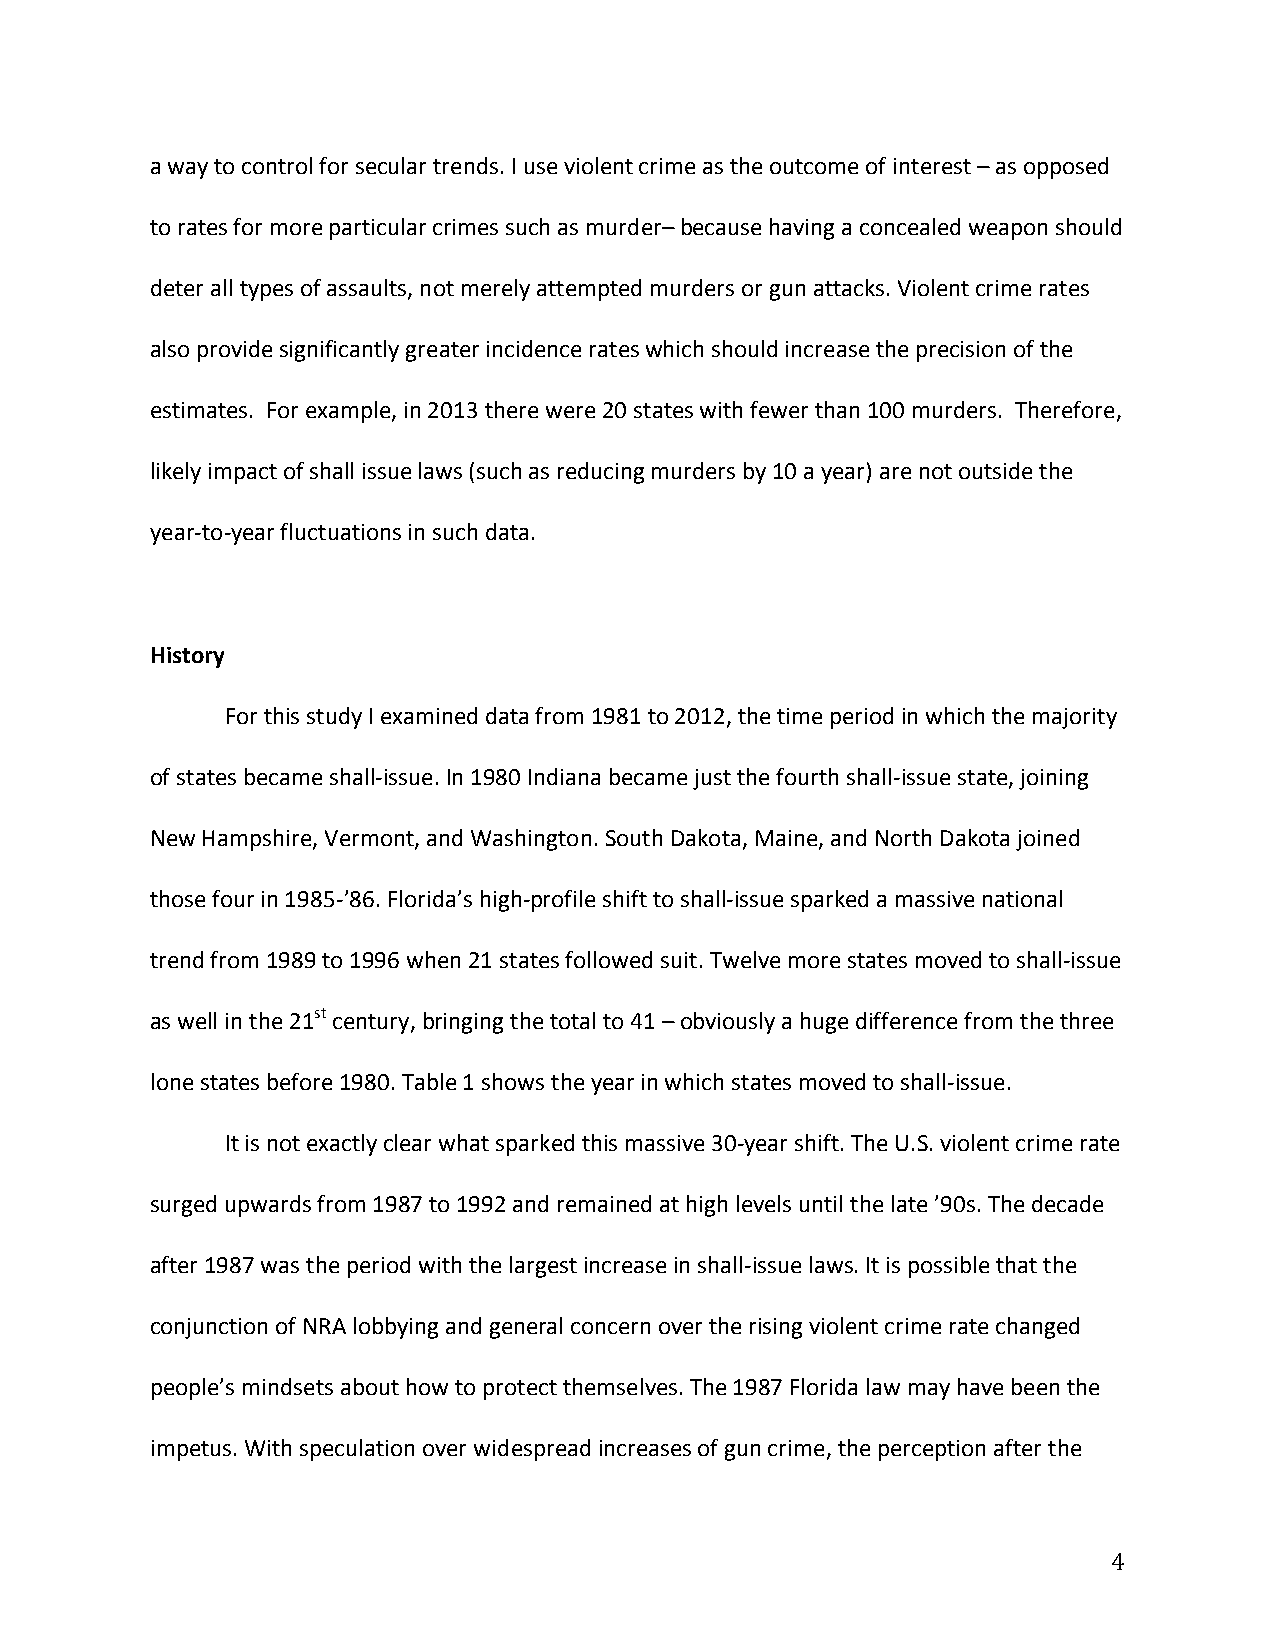
a way to control for secular trends. I use violent crime as the outcome of interest – as opposed
 to rates for more particular crimes such as murder– because having a concealed weapon should
 deter all types of assaults, not merely attempted murders or gun attacks. Violent crime rates
 also provide significantly greater incidence rates which should increase the precision of the
 estimates. For example, in 2013 there were 20 states with fewer than 100 murders. Therefore,
 likely impact of shall issue laws (such as reducing murders by 10 a year) are not outside the
 year-­‐to-­‐year fluctuations in such data.
 History
 For this study I examined data from 1981 to 2012, the time period in which the majority
 of states became shall-­‐issue. In 1980 Indiana became just the fourth shall-­‐issue state, joining
 New Hampshire, Vermont, and Washington. South Dakota, Maine, and North Dakota joined
 those four in 1985-­‐’86. Florida’s high-­‐profile shift to shall-­‐issue sparked a massive national
 trend from 1989 to 1996 when 21 states followed suit. Twelve more states moved to shall-­‐issue
 as well in the 21st century, bringing the total to 41 – obviously a huge difference from the three
 lone states before 1980. Table 1 shows the year in which states moved to shall-­‐issue.
 It is not exactly clear what sparked this massive 30-­‐year shift. The U.S. violent crime rate
 surged upwards from 1987 to 1992 and remained at high levels until the late ’90s. The decade
 after 1987 was the period with the largest increase in shall-­‐issue laws. It is possible that the
 conjunction of NRA lobbying and general concern over the rising violent crime rate changed
 people’s mindsets about how to protect themselves. The 1987 Florida law may have been the
 impetus. With speculation over widespread increases of gun crime, the perception after the
 4